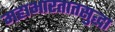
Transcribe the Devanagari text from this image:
महाभारतातसुद्धा